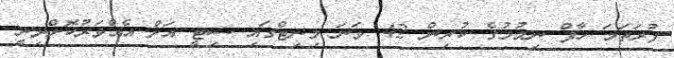
ފުރަތަމަ ހާފް ނިމުމުގެ ކުރިން 42 ވަނަ މިނިޓްގައި ސިޓީ އަށް އެއްވަރުކޮށްދިނީ